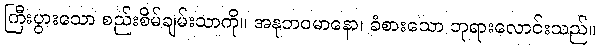
ကြီးပွားသော စည်းစိမ်ချမ်းသာကို။ အနုဘဝမာနော၊ ခံစားသော ဘုရားလောင်းသည်။